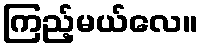
ကြည့်မယ်လေ။